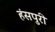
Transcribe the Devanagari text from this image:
हंसपुरी